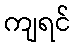
ကျရင်